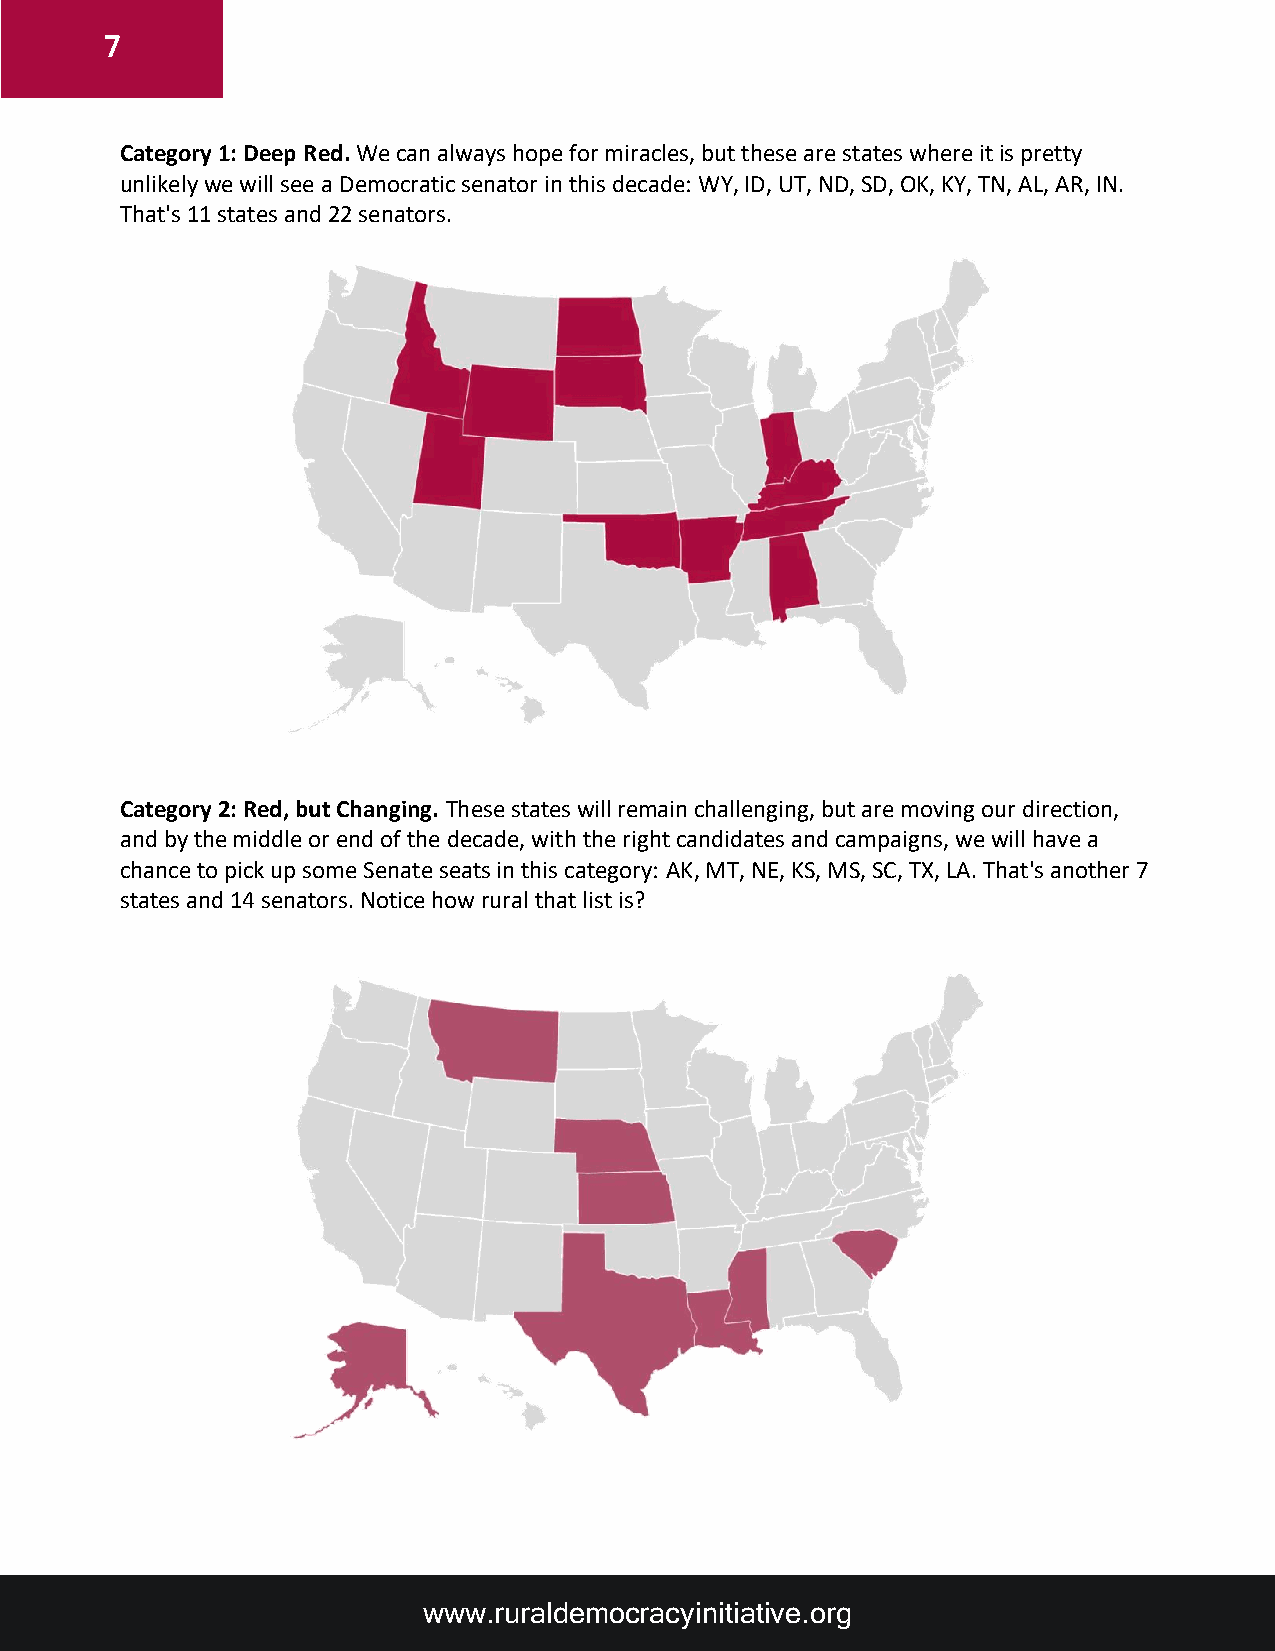
7
 Category 1: Deep Red. We can always hope for miracles, but these are states where it is pretty
 unlikely we will see a Democratic senator in this decade: WY, ID, UT, ND, SD, OK, KY, TN, AL, AR, IN.
 That's 11 states and 22 senators.
 Category 2: Red, but Changing. These states will remain challenging, but are moving our direction,
 and by the middle or end of the decade, with the right candidates and campaigns, we will have a
 chance to pick up some Senate seats in this category: AK, MT, NE, KS, MS, SC, TX, LA. That's another 7
 states and 14 senators. Notice how rural that list is?
 www.ruraldemocracyinitiative.org